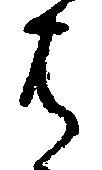
は